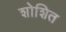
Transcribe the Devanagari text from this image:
शोशित